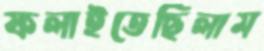
ফলাইতেছিলাম